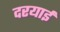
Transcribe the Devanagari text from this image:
दरयाई